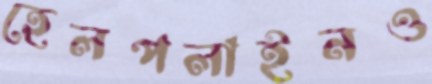
হেলপলাইনও